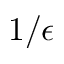
1 / \epsilon